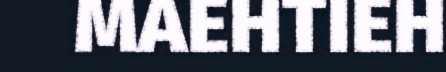
MAEHTIEH